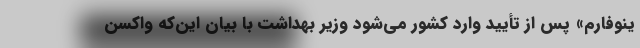
ینوفارم» پس از تأیید وارد کشور می‌شود وزیر بهداشت با بیان این‌که واکسن